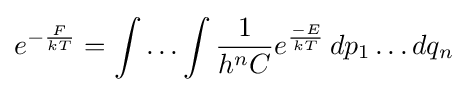
e^{-{\frac {F}{kT}}}=\int \ldots \int {\frac {1}{h^{n}C}}e^{\frac {-E}{kT}}\,dp_{1}\ldots dq_{n}